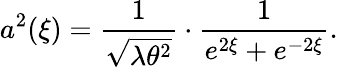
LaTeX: a^{2}(\xi)=\frac{1}{\sqrt{\lambda\theta^{2}}}\cdot\frac{1}{e^{2\xi}+e^{-2\xi}}.